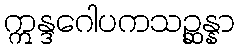
ဣန္ဒဂေါပကသဉ္ဆန္နာ